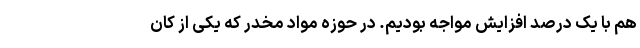
هم با یک درصد افزایش مواجه بودیم. در حوزه مواد مخدر که یکی از کان